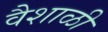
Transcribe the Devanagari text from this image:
वैशाळी